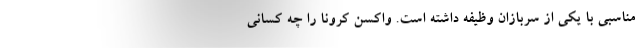
مناسبی با یکی از سربازان وظیفه داشته است. واکسن کرونا را چه کسانی